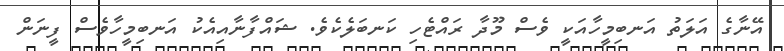
އޭނާގެ އަލަތު އަނބިމީހާއަކީ ވެސް މޫދާ ރައްޓެހި ކަނބަލެކެވެ. ޝައްފާނާއިއެކު އަނބިމީހާވެސް ފީނަން